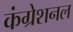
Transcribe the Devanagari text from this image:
कंग्रेशनल